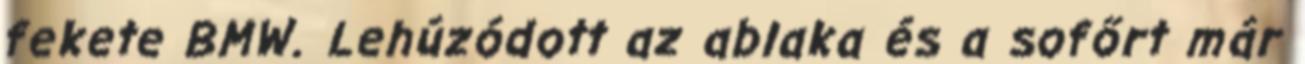
fekete BMW. Lehúzódott az ablaka és a sofőrt már